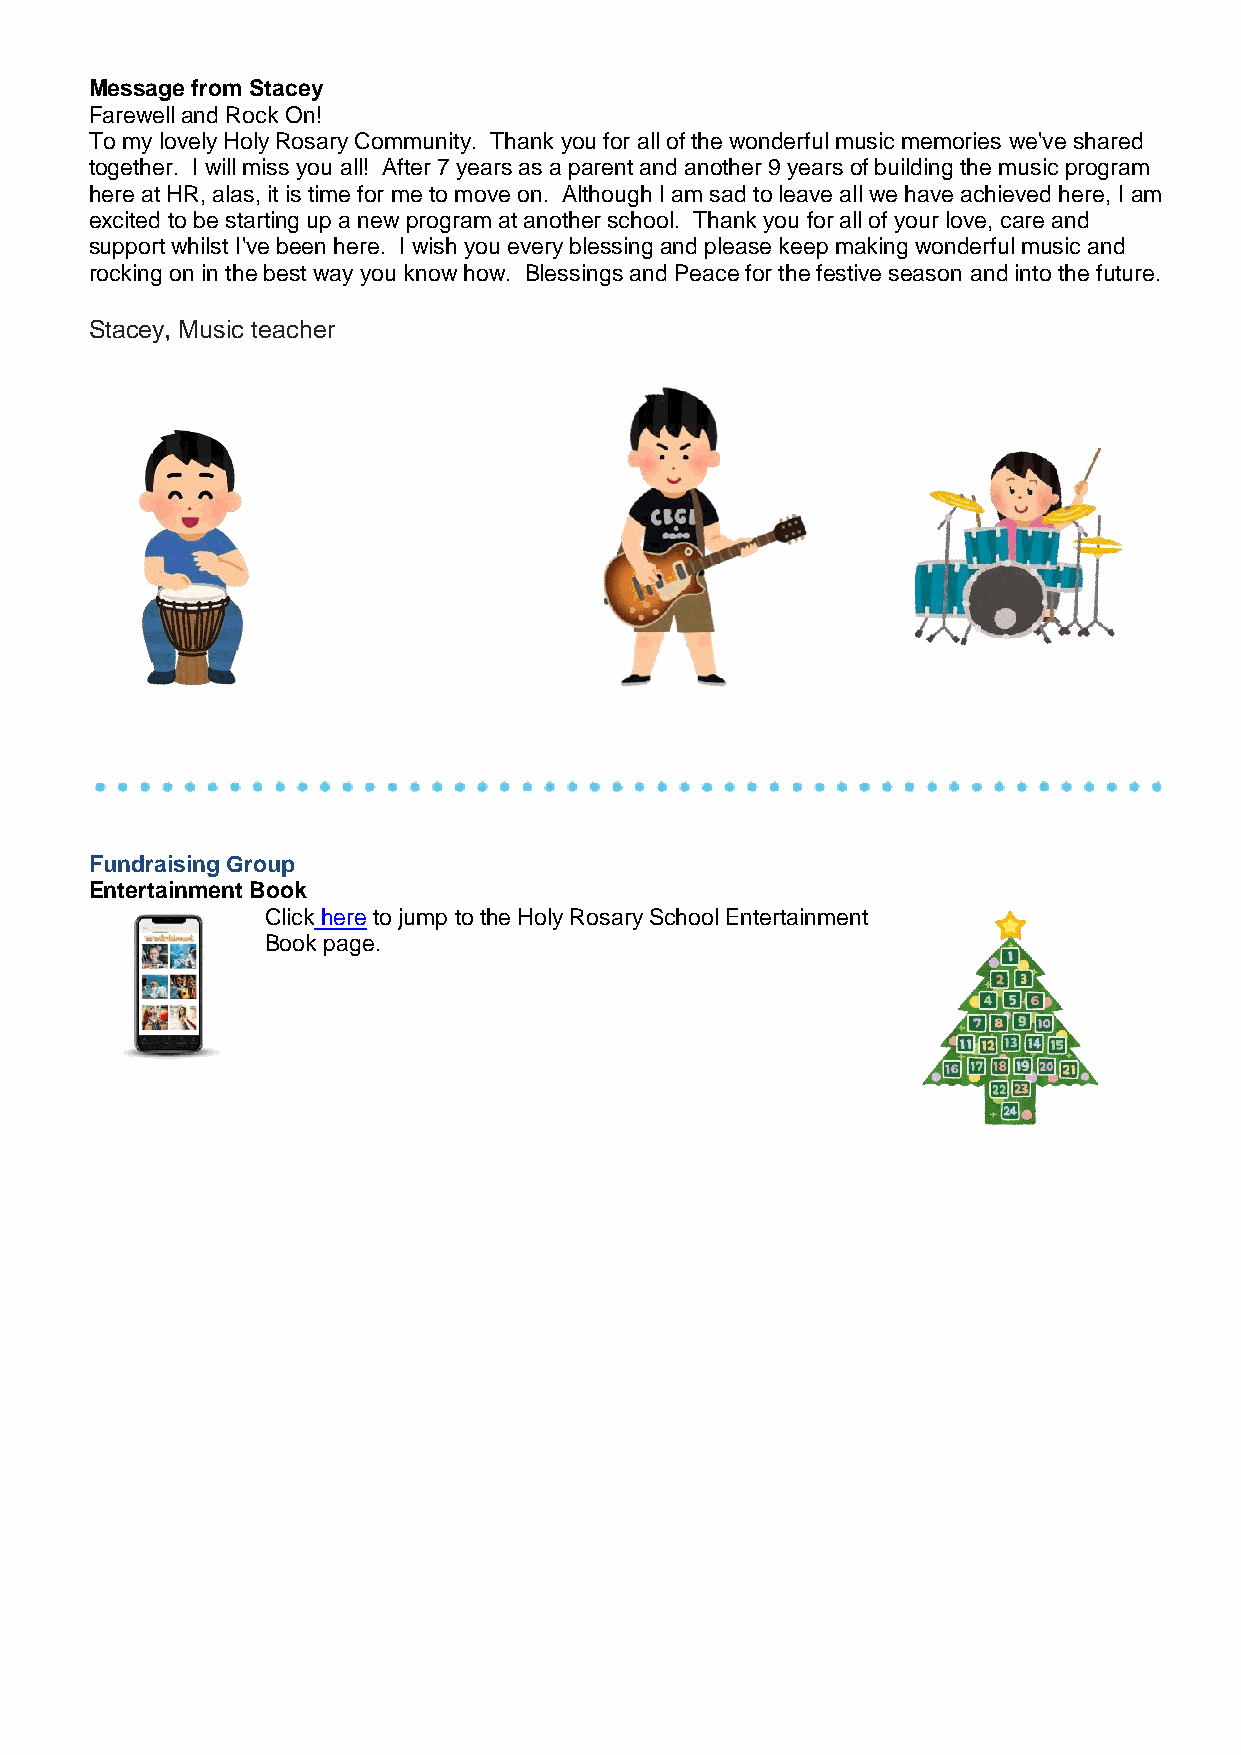
Message from Stacey
 Farewell and Rock On!
 To my lovely Holy Rosary Community. Thank you for all of the wonderful music memories we've shared
 together. I will miss you all! After 7 years as a parent and another 9 years of building the music program
 here at HR, alas, it is time for me to move on. Although I am sad to leave all we have achieved here, I am
 excited to be starting up a new program at another school. Thank you for all of your love, care and
 support whilst I've been here. I wish you every blessing and please keep making wonderful music and
 rocking on in the best way you know how. Blessings and Peace for the festive season and into the future.
 Stacey, Music teacher
 Fundraising Group
 Entertainment Book
 Click here to jump to the Holy Rosary School Entertainment
 Book page.